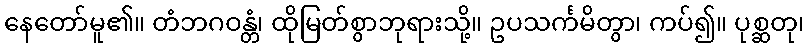
နေတော်မူ၏။ တံဘဂဝန္တံ၊ ထိုမြတ်စွာဘုရားသို့။ ဥပသင်္ကမိတွာ၊ ကပ်၍။ ပုစ္ဆတု၊